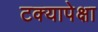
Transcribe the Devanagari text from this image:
टक्यापेक्षा